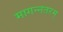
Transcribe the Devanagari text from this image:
मागन्नतरम्